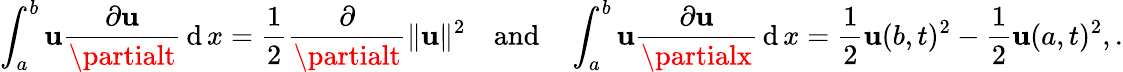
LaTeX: \int_{a}^{b}\mathbf{u}{\frac{{\partial\mathbf{u}}}{{\partialt}}}\operatorname{d}x={\frac{{1}}{{2}}}{\frac{{\partial}}{{\partialt}}}\| \mathbf{u}\| ^{2}\quad{\mathrm{{and}}}\quad\int_{a}^{b}\mathbf{u}{\frac{{\partial\mathbf{u}}}{{\partialx}}}\operatorname{d}x={\frac{{1}}{{2}}}\mathbf{u}(b,t)^{2}-{\frac{{1}}{{2}}}\mathbf{u}(a,t)^{2},.